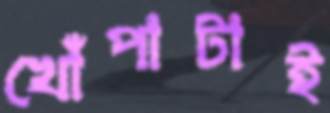
খোঁপাটাই